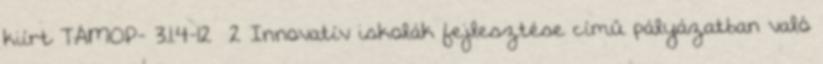
kiírt TÁMOP- 3.1.4-12 2 Innovatív iskolák fejlesztése című pályázatban való